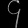
Digit: ၄